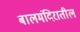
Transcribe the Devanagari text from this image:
बालमंदिरातील